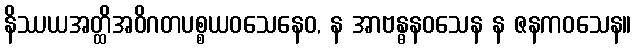
နိဿယအတ္ထိအဝိဂတပစ္စယဝသေနေဝ, န အာဗန္ဓနဝသေန န ဇနကဝသေန။